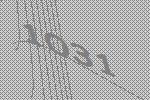
1031